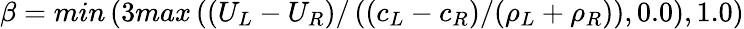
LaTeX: \beta=min\left(3max\left((U_{L}-U_{R})/\left((c_{L}-c_{R})/(\rho_{L}+\rho_{R})\right),0.0\right),1.0\right)